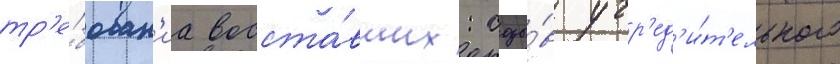
тр'е́бован'иа восста́вших: созы́в учр'ед'и́т'ельного